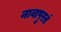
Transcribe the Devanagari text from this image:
नावापुरतं